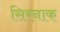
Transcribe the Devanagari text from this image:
सिरनाक